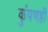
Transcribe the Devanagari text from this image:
कुंपणही